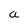
Character: a